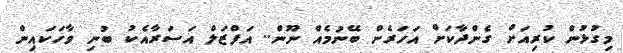
މިގުޅުން ކުރިއަށް ގެންދާކަށް އަހަރެން ބޭނުމެއް ނޫން.. އަފްޒަލް އަސަރާއެކު ބުނި ވާހަކައިން